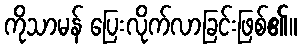
ကိုသာမန် ပြေးလိုက်လာခြင်းဖြစ်၏။